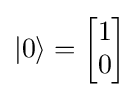
|0\rangle ={\begin{bmatrix}1\\0\end{bmatrix}}